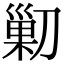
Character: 𠞰